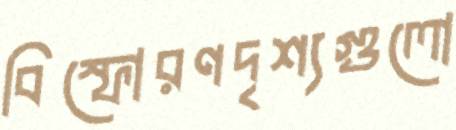
বিস্ফোরণদৃশ্যগুলো